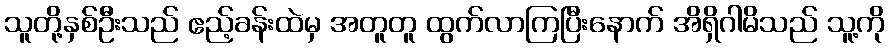
သူတို့နှစ်ဦးသည် ဧည့်ခန်းထဲမှ အတူတူ ထွက်လာကြပြီးနောက် အိရှိဂါမိသည် သူ့ကို